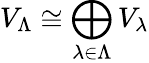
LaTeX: V_{\Lambda}\cong\bigoplus_{\lambda\in\Lambda}V_{\lambda}